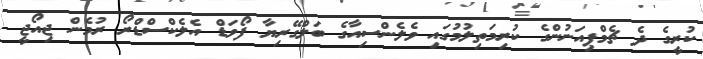
ކުރީގެ ދެ ޗެމްޕިއަނުންގެ ކުރިމަތިލުމުގައި ވެލެންސިއާގެ ބަލްގޭރިޔާ ފޯވަޑް އެލެކްސްޑްރޯ ރުމެން ޖިއޯޖީ